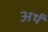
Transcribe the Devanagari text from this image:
अर्थं